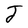
Character: J